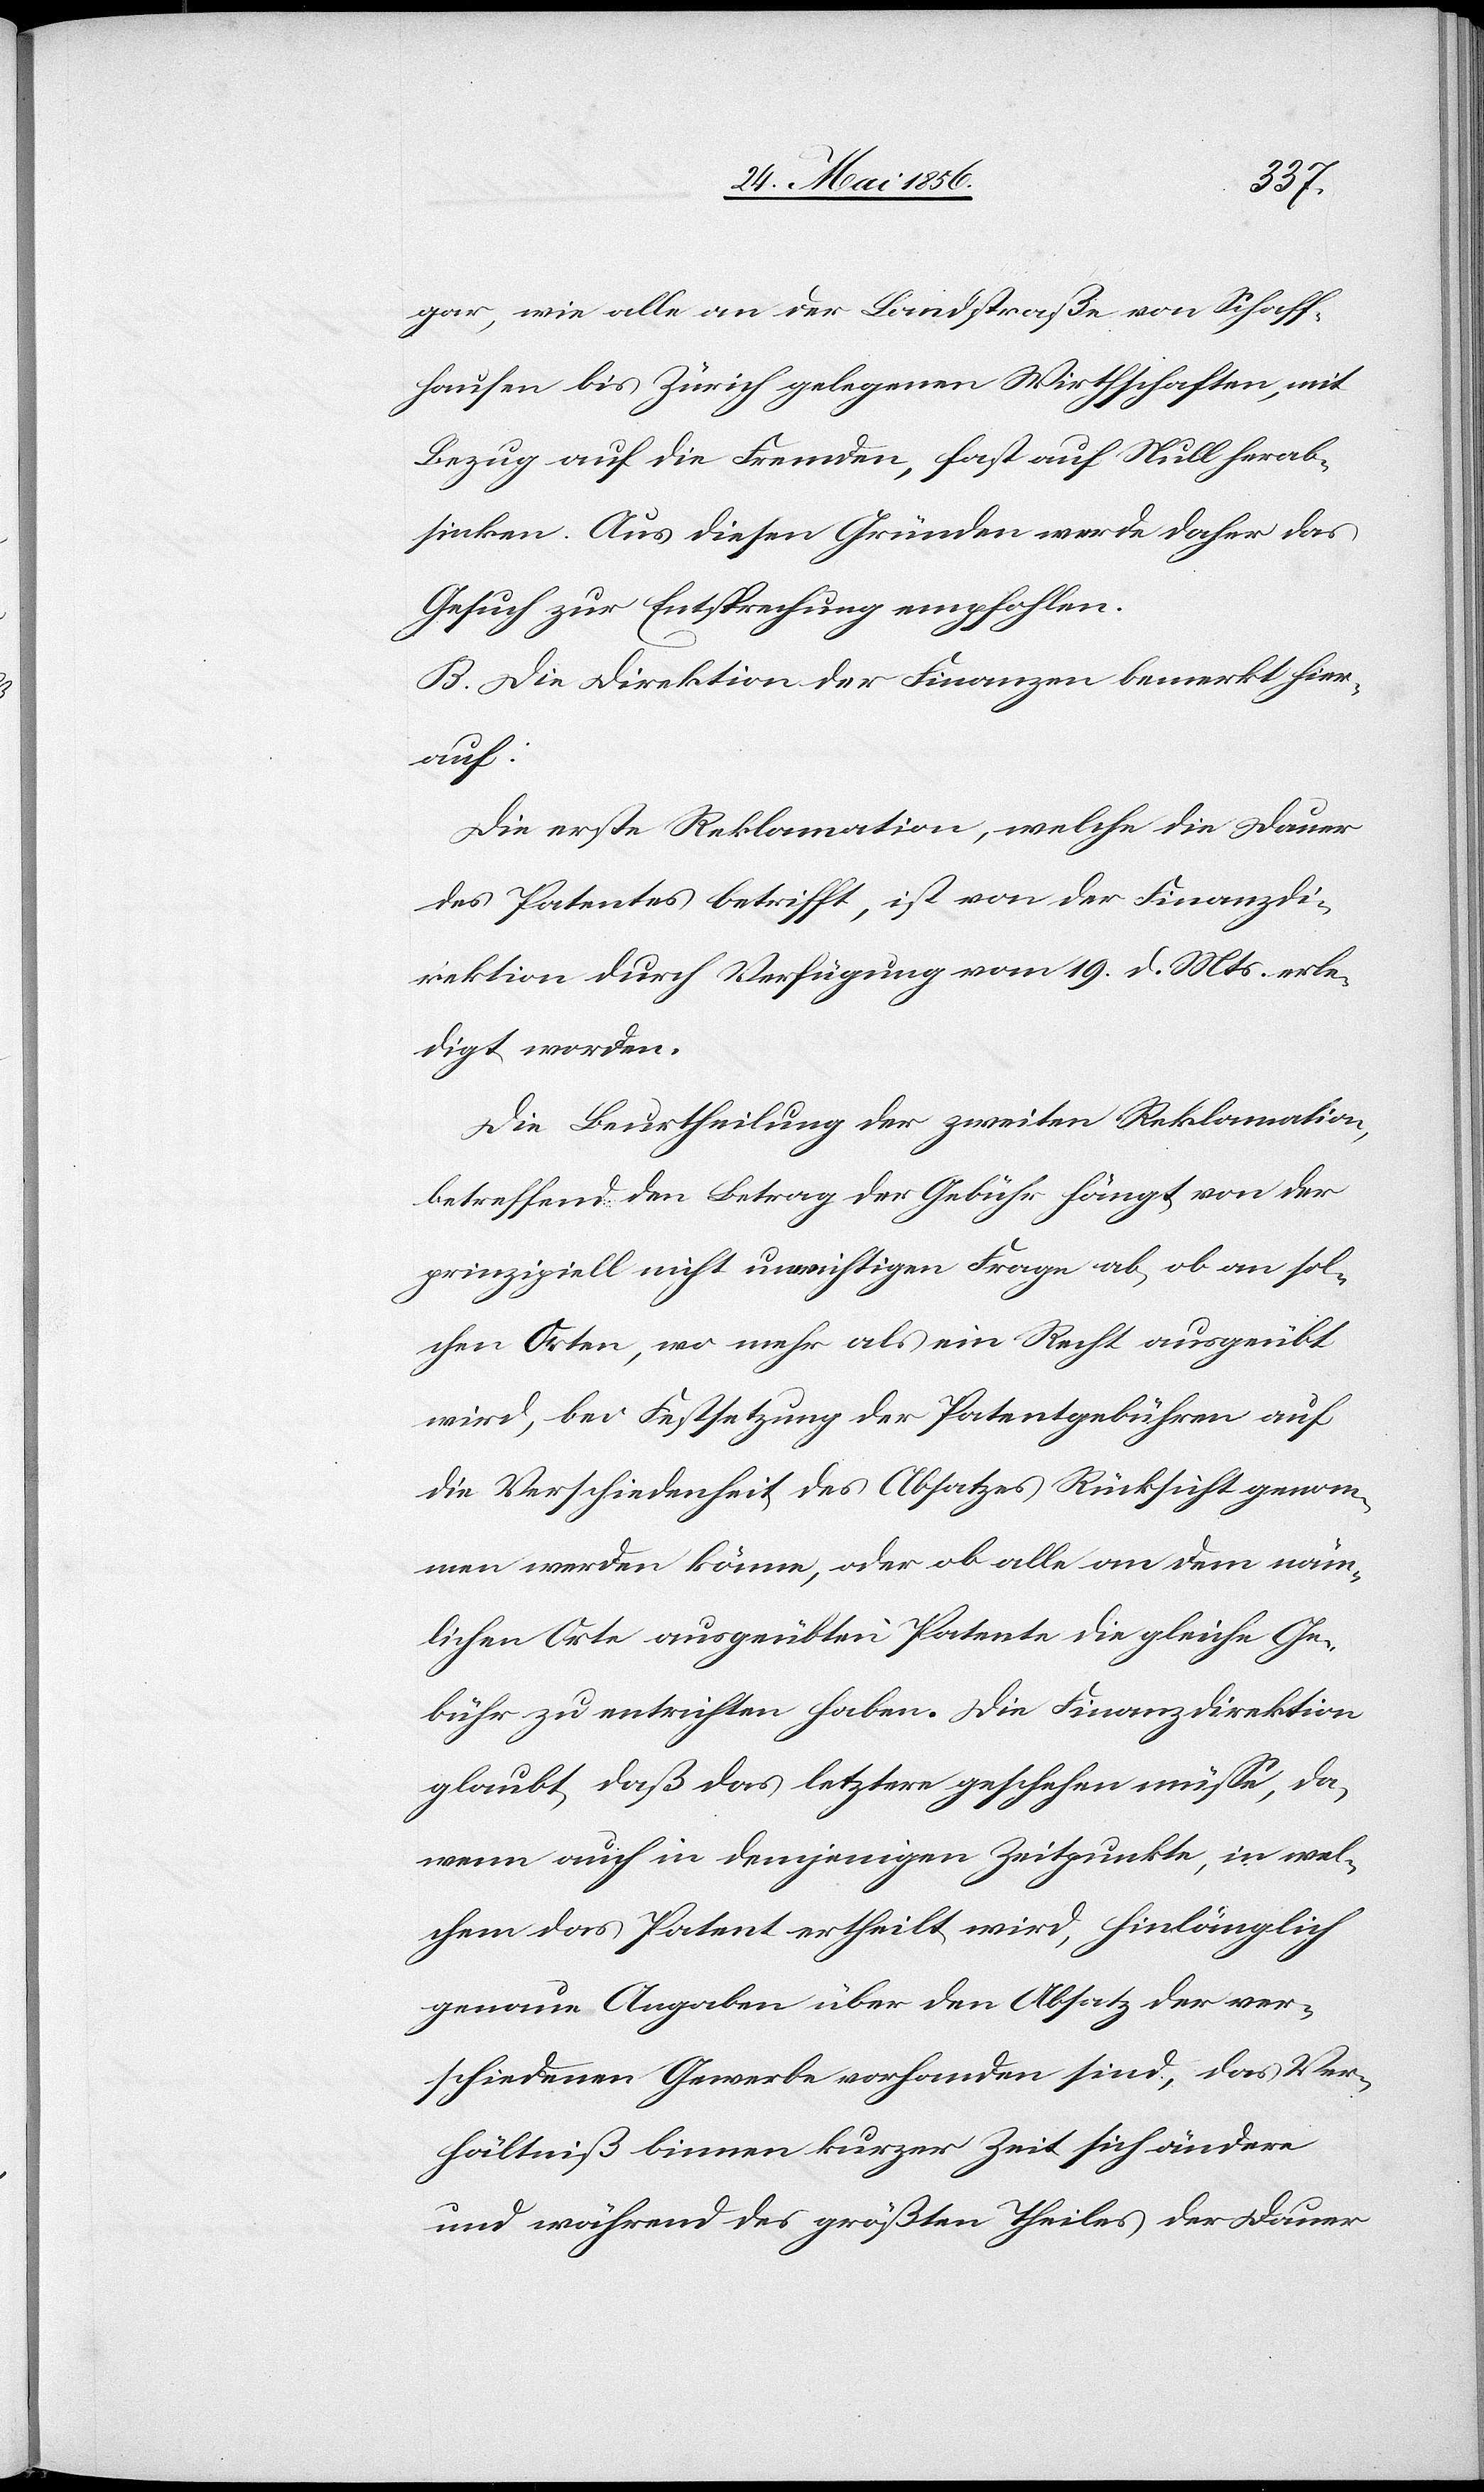
gar, wie alle an der Landstraße von Schaff¬
hausen bis Zürich gelegenen Wirthschaften, mit
Bezug auf die Fremden, fast auf Null herab¬
sinken. Aus diesen Gründen werde daher das
Gesuch zur Entsprechung empfohlen.
B. Die Direktion der Finanzen bemerkt hier¬
auf:
Die erste Reklamation, welche die Dauer
des Patentes betrifft, ist von der Finanzdi¬
rektion durch Verfügung vom 19. d. Mts. erle¬
digt worden.
Die Beurtheilung der zweiten Reklamation,
betreffend den Betrag der Gebühr fängt von der
prinzipiell nicht unwichtigen Frage ab, ob an sol¬
chen Orten, wo mehr als ein Recht ausgeübt
wird, bei Festsetzung der Patentgebühren auf
die Verschiedenheit des Absatzes Rücksicht genom¬
men werden könne, oder ob alle an dem näm¬
lichen Orte ausgeübten Patente die gleiche Ge¬
bühr zu entrichten haben. Die Finanzdirektion
glaubt, daß das letztere geschehen müsse, da,
wenn auch in demjenigen Zeitpunkte, in wel¬
chem das Patent ertheilt wird, hinlänglich
genaue Angaben über den Absatz der ver¬
schiedenen Gewerbe vorhanden sind, das Ver¬
hältniß binnen kurzer Zeit sich ändere
und während des größten Theiles der Dauer